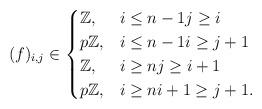
LaTeX: \begin{align*} (f)_{i,j} \in \begin{cases} \mathbb{Z},& i \leq n-1 j \geq i \\ p\mathbb{Z},& i \leq n-1 i \geq j+1 \\ \mathbb{Z}, & i \geq n j \geq i+1\\ p\mathbb{Z}, & i \geq n i+1 \geq j+1.\end{cases}\end{align*}